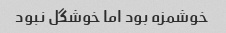
خوشمزه بود اما خوشگل نبود